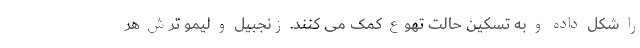
را شکل داده و به تسکین حالت تهوع کمک می کنند. زنجبیل و لیمو ترش هر